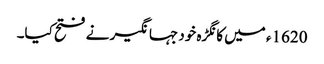
1620ء میں کانگڑہ خود جہانگیر نے فتح کیا۔